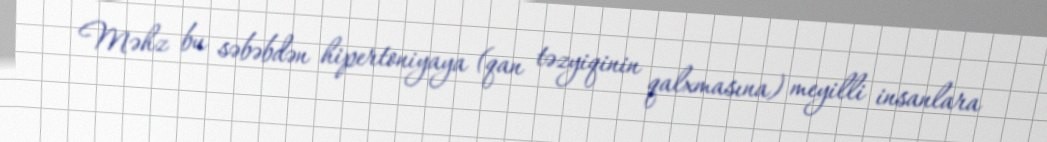
Məhz bu səbəbdən hipertoniyaya (qan təzyiqinin qalxmasına) meyilli insanlara